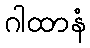
ဂါထာနံ